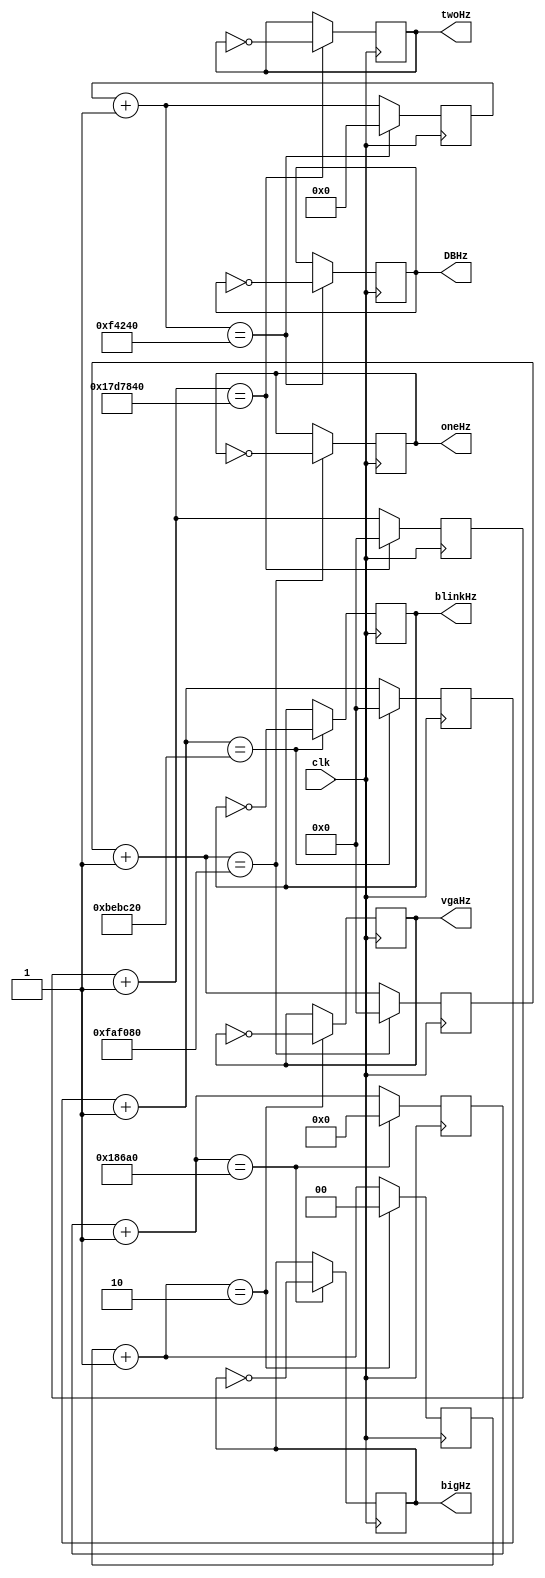
`timescale 1ns / 1ps
//////////////////////////////////////////////////////////////////////////////////
// Company: 
// Engineer: 
// 
// Design Name: 
// Module Name:    Clock 
// Project Name: 
// Target Devices: 
// Tool versions: 
// Description: 
//
// Dependencies: 
//
// Revision: 
// Revision 0.01 - File Created
// Additional Comments: 
//
//////////////////////////////////////////////////////////////////////////////////
module clockdivider( clk, oneHz, twoHz, bigHz, blinkHz, DBHz ,vgaHz
    );

	input clk;
	output oneHz, twoHz, bigHz, blinkHz, DBHz, vgaHz;
	
	reg oneHz, twoHz, bigHz, blinkHz, DBHz, vgaHz;
	
	reg [27:0] counterOneHz;
	reg [27:0] counterTwoHz;
	reg [19:0] counterBigHz;
	reg [27:0] counterBlinkHz;
	reg [22:0] counterDBHz;
    reg [1:0] countervgaHz;
	
	initial begin
		
		counterOneHz = 0;
		counterTwoHz = 0;
		counterBigHz = 0;
		counterBlinkHz = 0;
		counterDBHz = 0;
        countervgaHz = 0;
		oneHz = 0;
		twoHz = 0;
		bigHz = 0;
		blinkHz = 0;
        DBHz = 0;
        vgaHz = 0;
	
	end
	
	always @ (posedge clk) begin
		
		counterOneHz = counterOneHz + 1;
		counterTwoHz = counterTwoHz + 1;
		counterBigHz = counterBigHz + 1;
		counterBlinkHz = counterBlinkHz + 1;
		counterDBHz = counterDBHz + 1;
        countervgaHz = countervgaHz + 1;
		
		/*if(counterOneHz == 28'h7d7840) begin	//count to 50,000,000
			 oneHz = ~oneHz;
			 counterOneHz = 0;
		end
		
		if(counterTwoHz == 24'hebc20) begin	//count to 25,000,000
			twoHz = ~twoHz;
			counterTwoHz = 0;
		end
	
		if(counterBigHz == 20'hc350) begin	//count to 100,000
			bigHz = ~bigHz;
			counterBigHz = 0;
		end
		
		if(counterBlinkHz == 24'h625a0) begin //count to 12,500,000
			blinkHz = ~blinkHz;
			counterBlinkHz = 0;
		end
        if(counterDBHz == 24'h312d0) begin //count to 1,000,000
            DBHz = ~DBHz;
            counterDBHz = 0;
        end
        if(countervgaHz == 1'h1) begin //count to 2 for 25Mhz
            vgaHz = ~vgaHz;
            countervgaHz = 0;
        end*/
		
		/*if(counterOneHz == 28'h2faf080) begin	//count to 50,000,000 //ACTUAL ONEHZ
			 oneHz = ~oneHz;
			 counterOneHz = 0;
		end*/
		if(counterOneHz == 28'h0faf080) begin	//count to 50,000,000
			 oneHz = ~oneHz;
			 counterOneHz = 0;
		end
		if(counterTwoHz == 28'h17d7840) begin	//count to 25,000,000
			twoHz = ~twoHz;
			counterTwoHz = 0;
		end
		
		if(counterBigHz == 20'h186a0) begin	//count to 100,000
			bigHz = ~bigHz;
			counterBigHz = 0;
		end
		
		if(counterBlinkHz == 28'hbebc20) begin //count to 12,500,000
			blinkHz = ~blinkHz;
			counterBlinkHz = 0;
		end
        if(counterDBHz == 23'hf4240) begin //count to 1,000,000
            DBHz = ~DBHz;
            counterDBHz = 0;
        end
        if(countervgaHz == 2'h2) begin //count to 2 for 25Mhz
            vgaHz = ~vgaHz;
            countervgaHz = 0;
        end
	end
	
endmodule